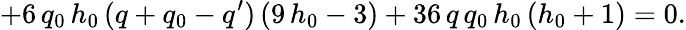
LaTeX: +6\, q_{0}\, h_{0}\, (q+q_{0}-q^{\prime})\, (9\, h_{0}-3)+36\, q\, q_{0}\, h_{0}\, (h_{0}+1)=0.